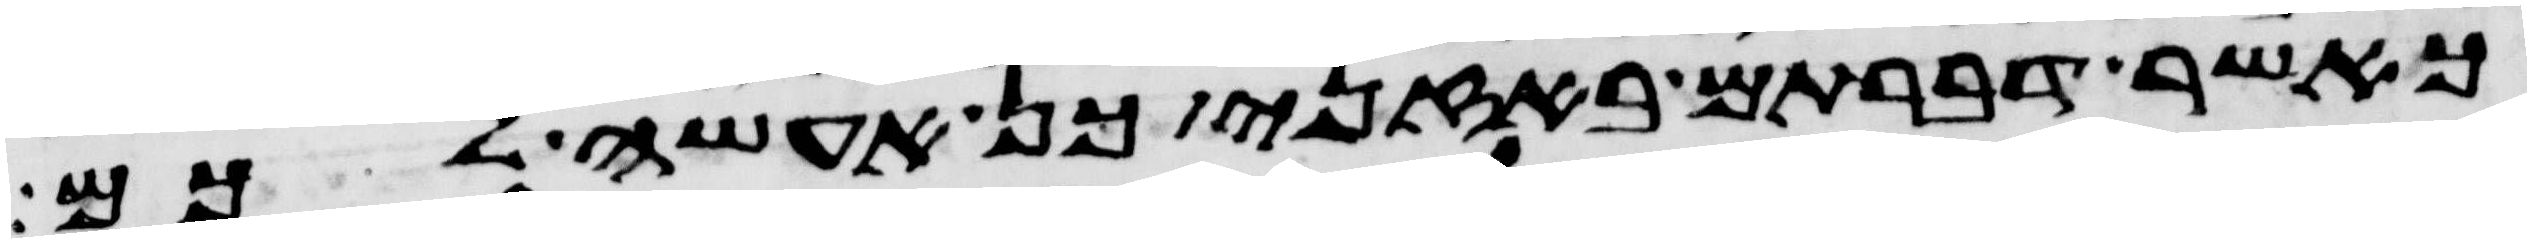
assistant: כאשר דברתם באזני כן אעשה לכם